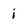
Character: i